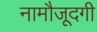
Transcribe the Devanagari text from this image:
नामौजूदगी